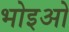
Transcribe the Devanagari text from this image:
भोइओ